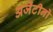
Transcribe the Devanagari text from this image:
अर्जेंटीनो